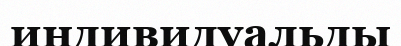
индивидуальды